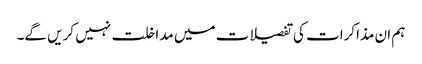
ہم ان مذاکرات کی تفصیلات میں مداخلت نہیں کریں گے۔